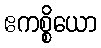
ဧကစ္စိယော